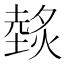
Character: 𱬁